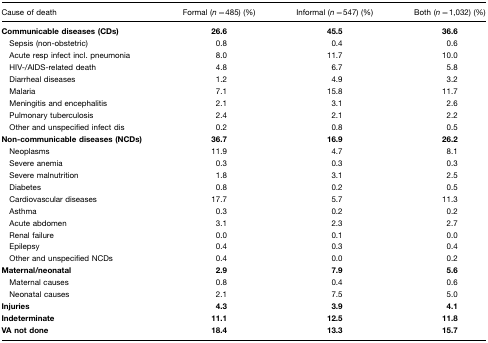
| Cause of death | Formal (n=485) (%) | Informal (n=547) (%) | Both (n=1,032) (%) |
 | --- | --- | --- | --- |
 | Communicable diseases (CDs) | 26.6 | 45.5 | 36.6 |
 | Sepsis (non-obstetric) | 0.8 | 0.4 | 0.6 |
 | Acute resp infect incl. pneumonia | 8.0 | 11.7 | 10.0 |
 | HIV-/AIDS-related death | 4.8 | 6.7 | 5.8 |
 | Diarrheal diseases | 1.2 | 4.9 | 3.2 |
 | Malaria | 7.1 | 15.8 | 11.7 |
 | Meningitis and encephalitis | 2.1 | 3.1 | 2.6 |
 | Pulmonary tuberculosis | 2.4 | 2.1 | 2.2 |
 | Other and unspecified infect dis | 0.2 | 0.8 | 0.5 |
 | Non-communicable diseases (NCDs) | 36.7 | 16.9 | 26.2 |
 | Neoplasms | 11.9 | 4.7 | 8.1 |
 | Severe anemia | 0.3 | 0.3 | 0.3 |
 | Severe malnutrition | 1.8 | 3.1 | 2.5 |
 | Diabetes | 0.8 | 0.2 | 0.5 |
 | Cardiovascular diseases | 17.7 | 5.7 | 11.3 |
 | Asthma | 0.3 | 0.2 | 0.2 |
 | Acute abdomen | 3.1 | 2.3 | 2.7 |
 | Renal failure | 0.0 | 0.1 | 0.0 |
 | Epilepsy | 0.4 | 0.3 | 0.4 |
 | Other and unspecified NCDs | 0.4 | 0.0 | 0.2 |
 | Maternal/neonatal | 2.9 | 7.9 | 5.6 |
 | Maternal causes | 0.8 | 0.4 | 0.6 |
 | Neonatal causes | 2.1 | 7.5 | 5.0 |
 | Injuries | 4.3 | 3.9 | 4.1 |
 | Indeterminate | 11.1 | 12.5 | 11.8 |
 | VA not done | 18.4 | 13.3 | 15.7 |